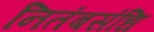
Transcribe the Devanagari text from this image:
नितंबसंधि